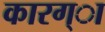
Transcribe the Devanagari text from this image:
कारग्ा